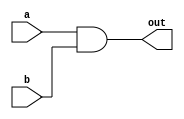
module and_gate (
	input a, b,
	output out
	);
	assign out = a & b;

endmodule

module or_gate (
	input a, b,
	output out
	);
	assign out = a || b;	

endmodule

module not_gate (
	input a,
	output out
	);
	assign out = !a;

endmodule

module AND (
	input AND_a, AND_b,
	output AND_out
	);

	assign AND_out = AND_a & AND_b;

endmodule

module xor_gate (a, b, out);

	input a, b;

	output out;

	assign out = ((!a) && b) || (a && (!b));

endmodule